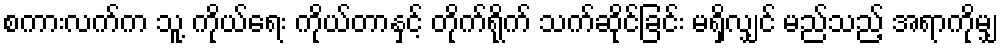
စကားလက်က သူ့ ကိုယ်ရေး ကိုယ်တာနှင့် တိုက်ရိုက် သက်ဆိုင်ခြင်း မရှိလျှင် မည်သည့် အရာကိုမျှ